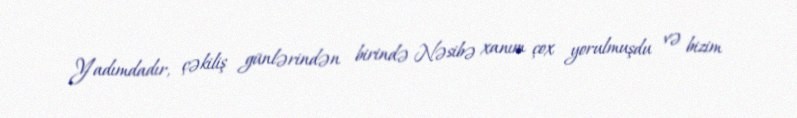
Yadımdadır, çəkiliş günlərindən birində Nəsibə xanım çox yorulmuşdu və bizim